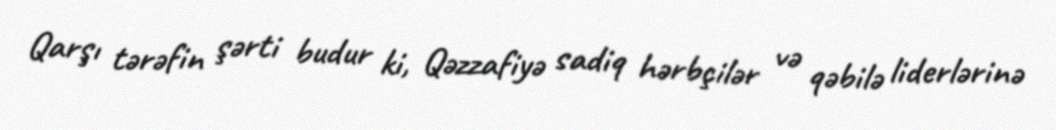
Qarşı tərəfin şərti budur ki, Qəzzafiyə sadiq hərbçilər və qəbilə liderlərinə